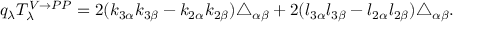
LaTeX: q _ { \lambda } T _ { \lambda } ^ { V \rightarrow P P } = 2 ( k _ { 3 \alpha } k _ { 3 \beta } - k _ { 2 \alpha } k _ { 2 \beta } ) \triangle _ { \alpha \beta } + 2 ( l _ { 3 \alpha } l _ { 3 \beta } - l _ { 2 \alpha } l _ { 2 \beta } ) \triangle _ { \alpha \beta } .